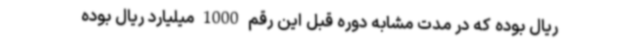
ریال بوده که در مدت مشابه دوره قبل این رقم 1000 میلیارد ریال بوده